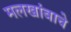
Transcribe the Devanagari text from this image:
मलखांबाचे